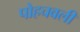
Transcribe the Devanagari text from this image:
पोहचवली